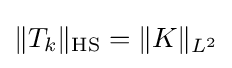
\|T_{k}\|_{\mathrm {HS} }=\|K\|_{L^{2}}